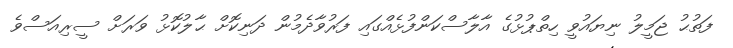
ފަތުޙު ޖަމީލު ނިޔައުވީ ހިތްޕުޅުގެ އާލާސްކަންފުޅެއްގައި ފަރުވާދެމުން ދަނިކޮށް ޙާލުކޮޅު ވަރަށް ސީރިއަސްވެ